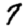
Digit: 7